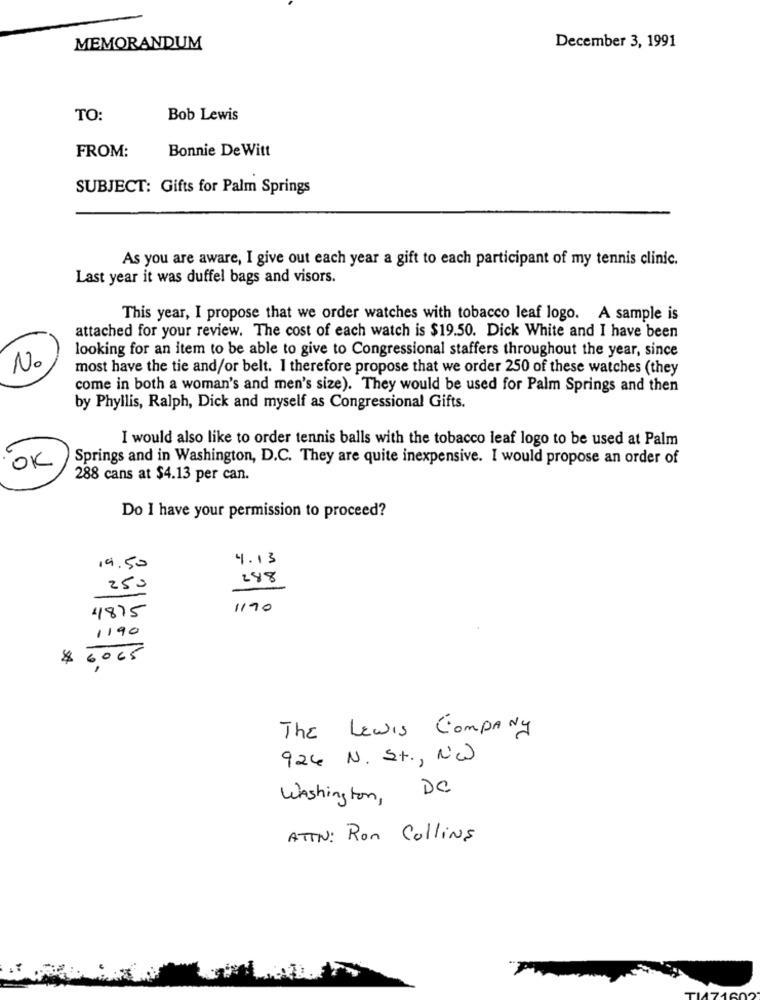
MEMORANDUM
December 3, 1991
TO:
Bob Lewis
Bonnie De Witt
FROM:
SUBJECT: Gifts for Palm Springs
As you are aware, I give out each year a gift to each participant of my tennis clinic.
Last year it was duffel bags and visors.
This year, I propose that we order watches with tobacco leaf logo. A sample is
attached for your review. The cost of each watch is $19.50. Dick White and I have been
looking for an item to be able to give to Congressional staffers throughout the year, since
No
most have the tie and/or belt. I therefore propose that we order 250 of these watches (they
come in both a woman's and men's size). They would be used for Palm Springs and then
by Phyllis, Ralph, Dick and myself as Congressional Gifts.
I would also like to order tennis balls with the tobacco leaf logo to be used at Palm
Springs and in Washington, D.C. They are quite inexpensive. I would propose an order of
OK
288 cans at $4.13 per can.
Do I have your permission to proceed?
4. 13
19.50
248
250
1190
4875
1190
$ 6,005
The Lewis Company
924 N. S.t ., NW
Washington, DC
ATTN: Ron Collins